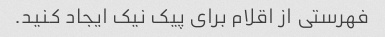
فهرستی از اقلام برای پیک نیک ایجاد کنید.